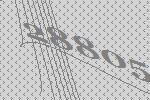
28805